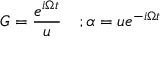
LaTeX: G = \frac { e ^ { i \Omega t } } u \quad ; \alpha = u e ^ { - i \Omega t }